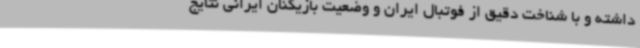
داشته و با شناخت دقیق از فوتبال ایران و وضعیت بازیکنان ایرانی نتایج